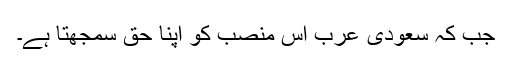
جب کہ سعودی عرب اس منصب کو اپنا حق سمجھتا ہے۔